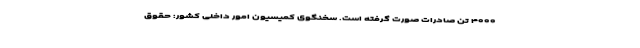
۴۰۰۰ تن صادرات صورت گرفته است. سخنگوی کمیسیون امور داخلی کشور: حقوق